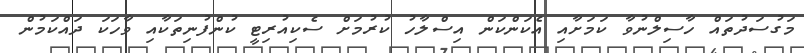
މަގުސަދުތައް ހާސިލްނުވާ ކަމަށާއި އެކަންކަން އިސްލާހު ކުރުމަށް ސެކިއުރިޓީ ކުންފުނިތަކާއި ވާހަކަ ދައްކަމުން